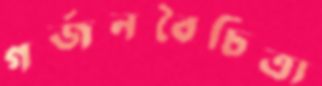
গর্জনবৈচিত্র্য